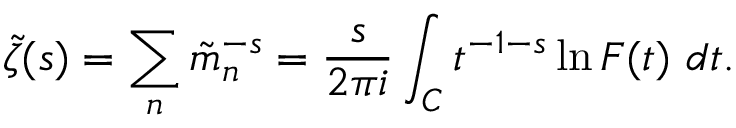
\tilde { \zeta } ( s ) = \sum _ { n } \tilde { m } _ { n } ^ { - s } = { \frac { s } { 2 \pi i } } \int _ { \cal C } t ^ { - 1 - s } \ln F ( t ) \ d t .